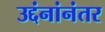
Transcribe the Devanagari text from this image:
उद्दंनांनंतर